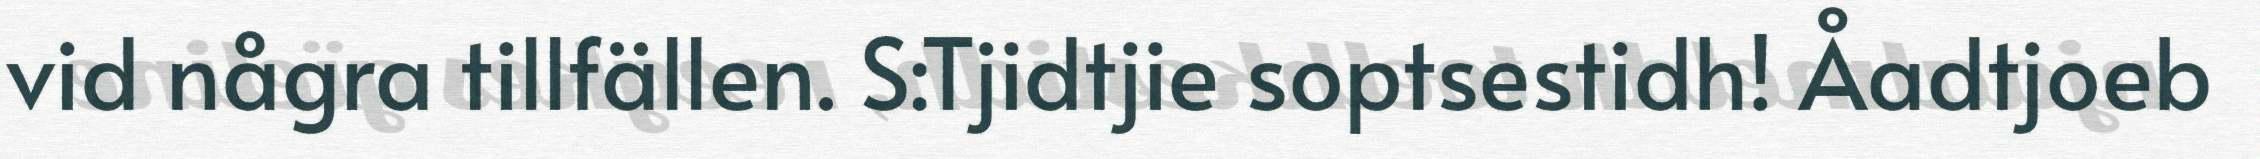
vid några tillfällen. S:Tjidtjie soptsestidh! Åadtjoeb